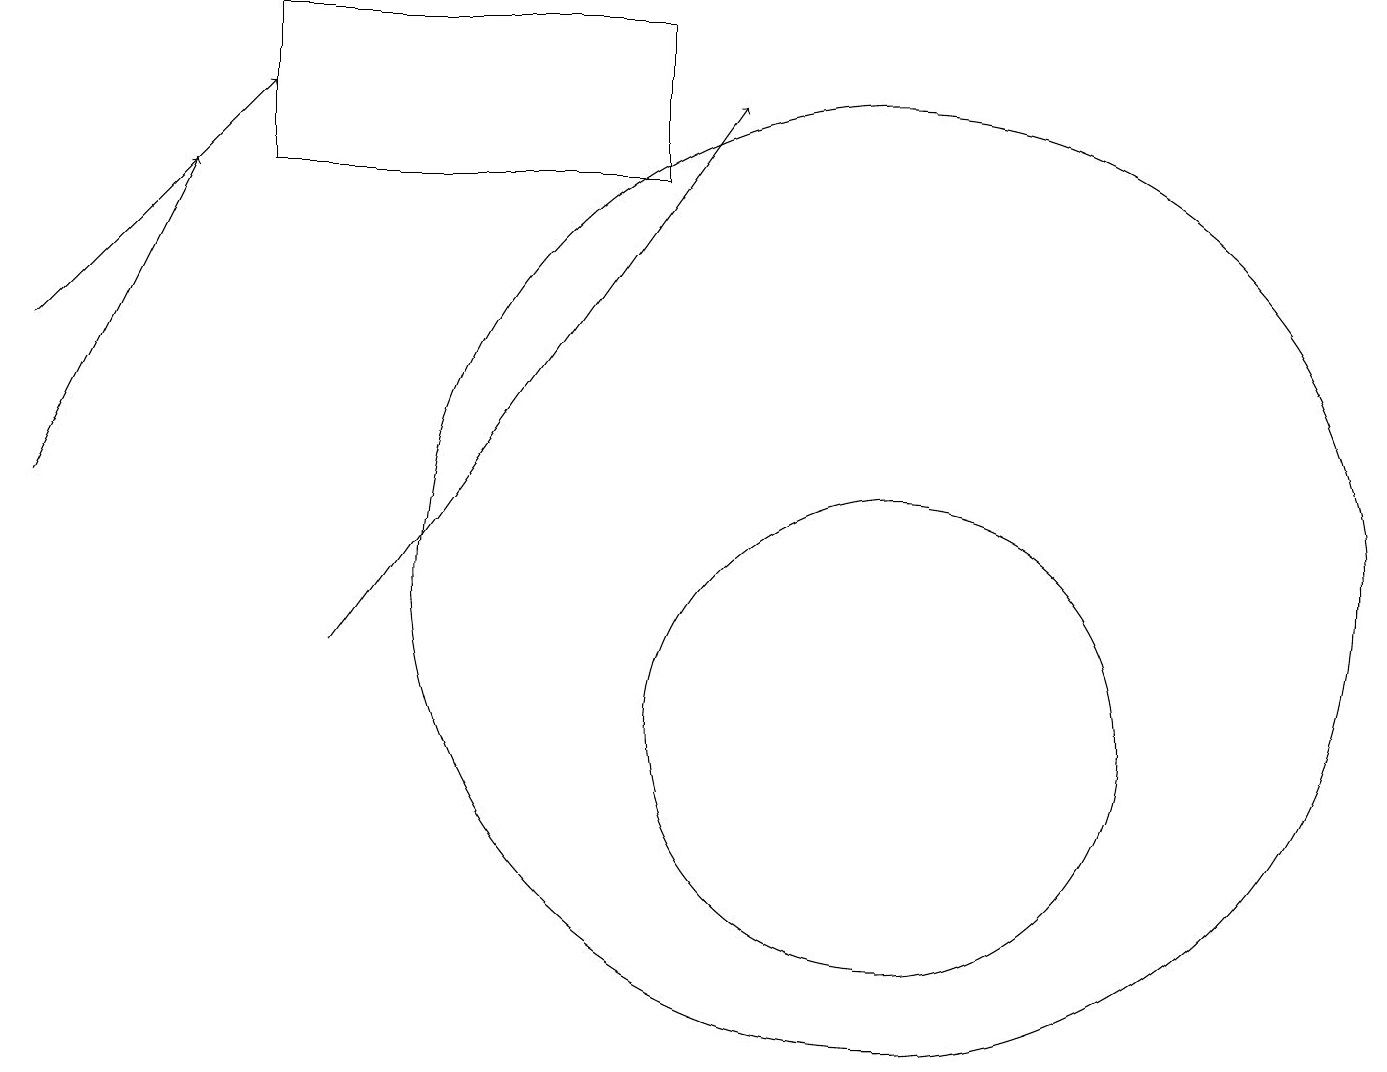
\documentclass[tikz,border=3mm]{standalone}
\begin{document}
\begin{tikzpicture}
\draw (3,17) rectangle (8,19);
\draw[->] (0,13) -- (2,17);
\draw[->] (0,15) -- (3,18);
\draw (11,10) circle (3);
\draw[->] (4,11) -- (9,18);
\draw (11,12) circle (6);
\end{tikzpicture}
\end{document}